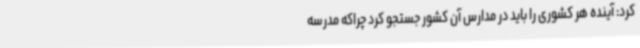
کرد: آینده هر کشوری را باید در مدارس آن کشور جستجو کرد چراکه مدرسه